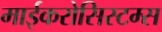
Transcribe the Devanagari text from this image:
माईकरोसिस्टम्स